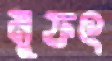
মুফৎ